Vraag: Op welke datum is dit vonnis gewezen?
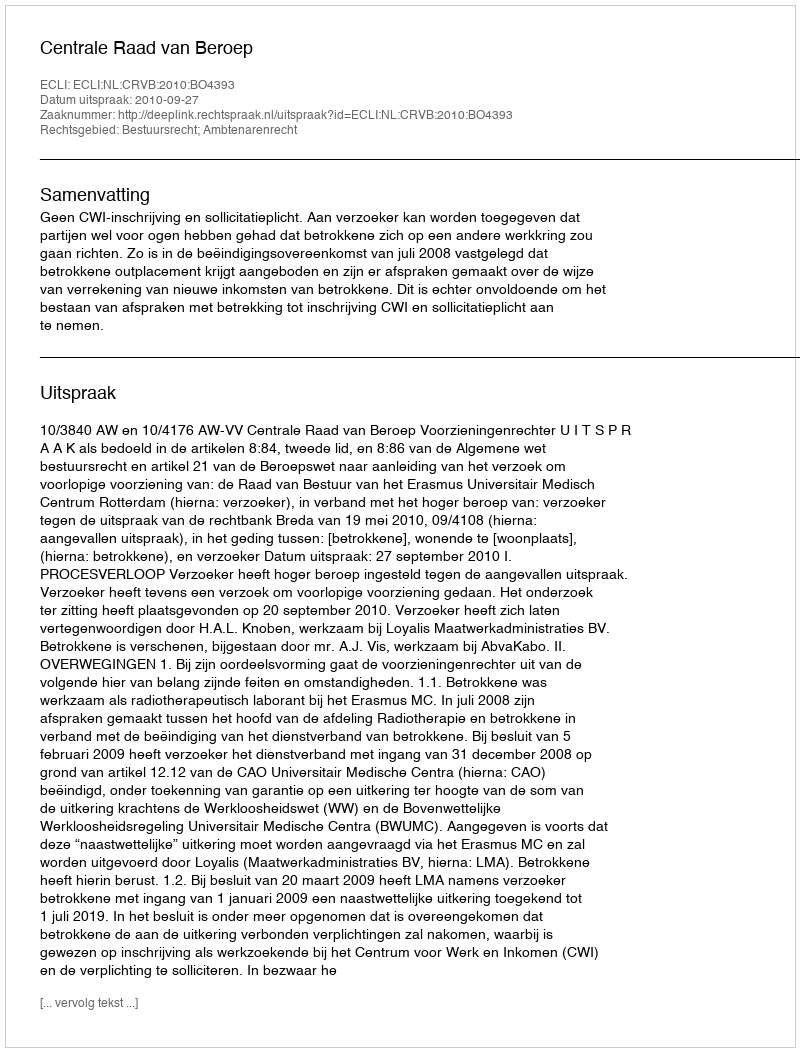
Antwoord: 2010-09-27